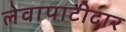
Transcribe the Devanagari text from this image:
लेवापाटीदार